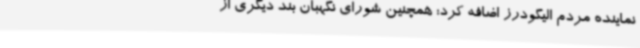
نماینده مردم الیگودرز اضافه کرد: همچنین شورای نگهبان بند دیگری از